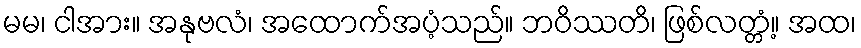
မမ၊ ငါအား။ အနုဗလံ၊ အထောက်အပံ့သည်။ ဘဝိဿတိ၊ ဖြစ်လတ္တံ့။ အထ၊